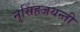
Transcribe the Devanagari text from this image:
नृसिंहजयन्ती